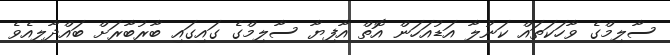
ސާލިމްގެ ވާހަކަތައް ކަނުލާ އަޑުއަހަން އޮތް އާފިޔާ ސާލިމްގެ ގައިގައި ބާރުބާރަށް ބައްދާލިއެވެ